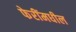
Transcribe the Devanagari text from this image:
फेरींमधील